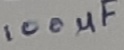
Text: 100µF